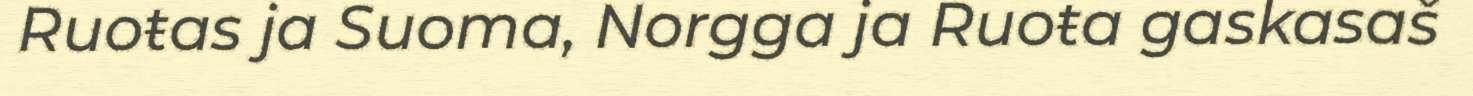
Ruoŧas ja Suoma, Norgga ja Ruoŧa gaskasaš